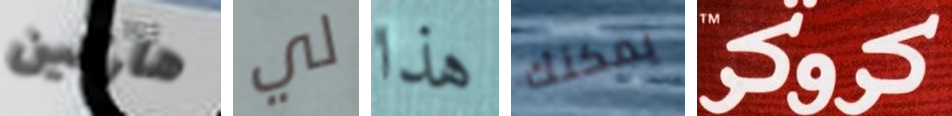
هاركين لي هذا يمكنك كروكر